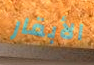
الأبقار